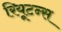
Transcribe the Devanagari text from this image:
रियूटन्स